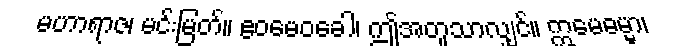
မဟာရာဇ၊ မင်းမြတ်။ ဧဝမေဝခေါ၊ ဤအတူသာလျှင်။ ဣမေဓမ္မာ၊